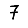
Digit: 7